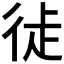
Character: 𢓺